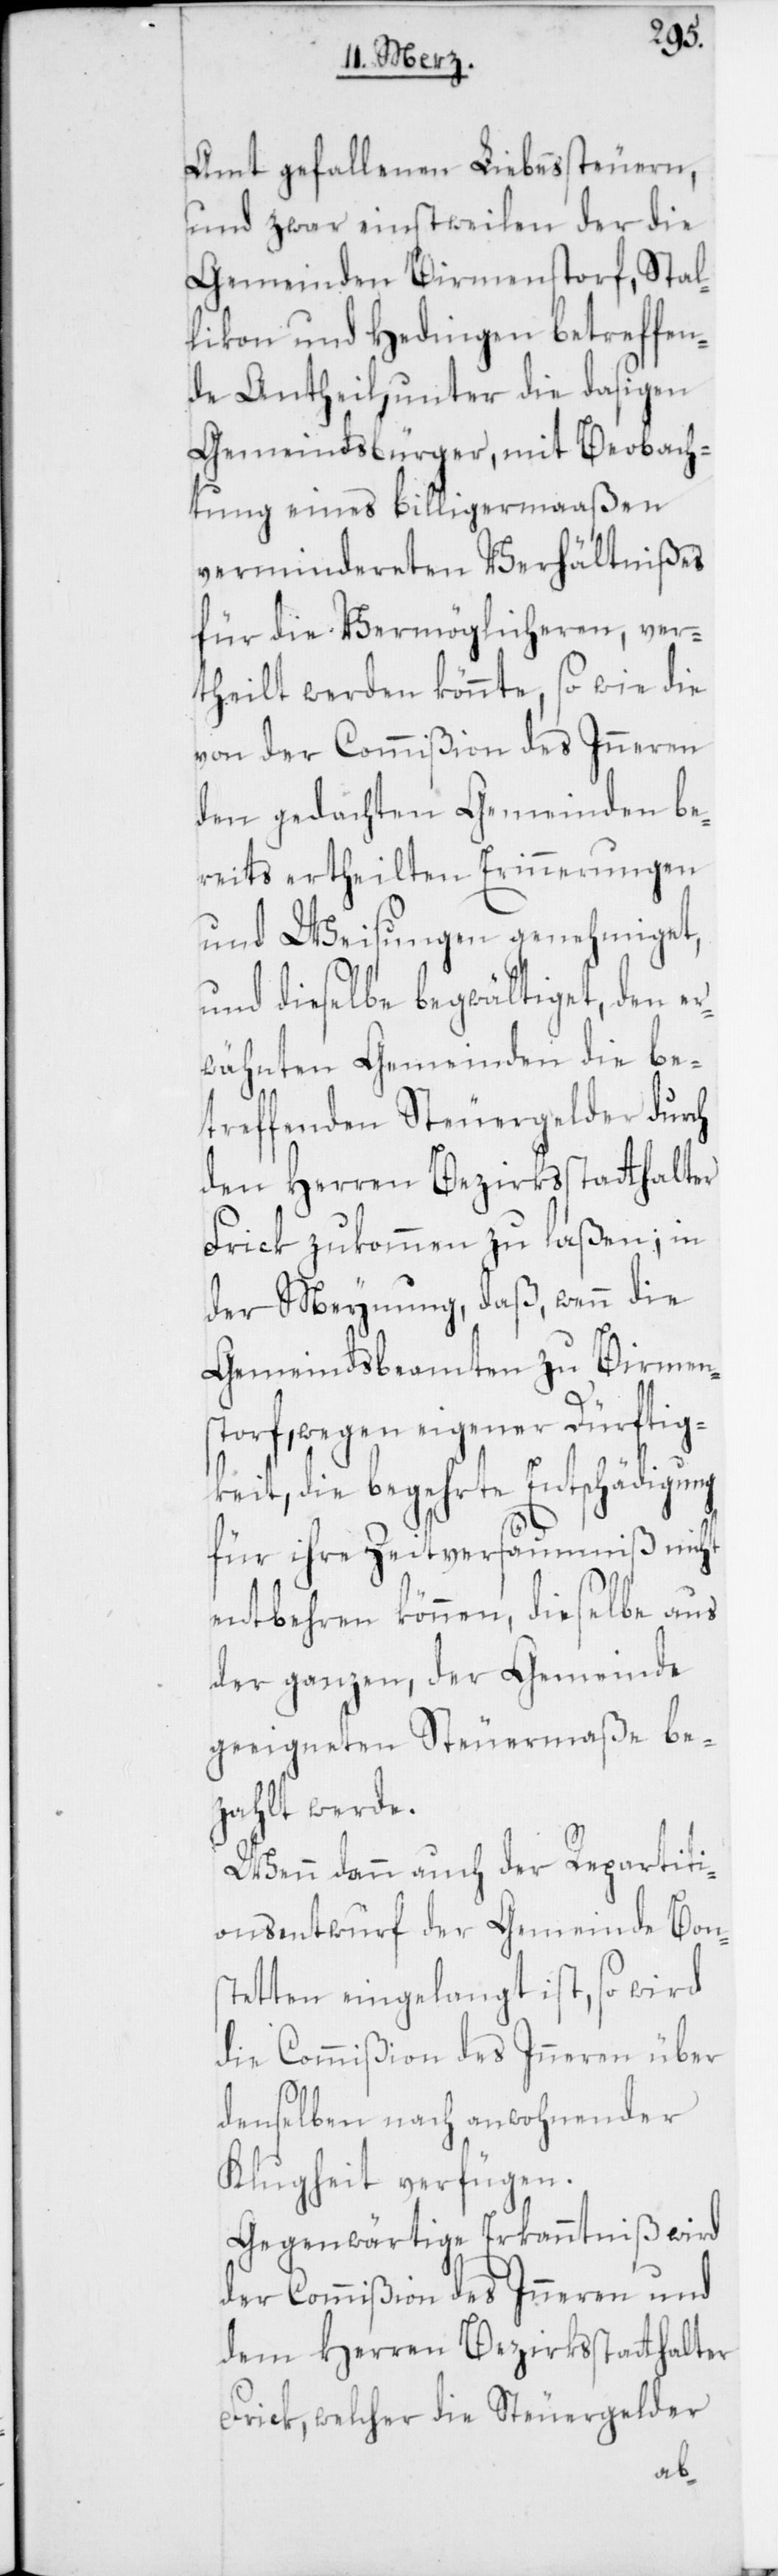
Amt gefallenen Liebessteuern,
und zwar einstweilen der die
Gemeinden Birmenstorf, Stal¬
likon und Hedingen betreffen¬
de Antheil, unter die dasigen
Gemeindsbürger, mit Beobach¬
tung eines billigermaaßen
vermindereten Verhältnißes
für die Vermöglicheren, ver¬
theilt werden könnte, so wie die
von der Commißion des Inneren
den gedachten Gemeinden be¬
reits ertheilten Erinnerungen
und Weisungen genehmiget,
und dieselbe begwältiget, den er¬
wähnten Gemeinden die be¬
treffenden Steuergelder durch
den Herren Bezirksstatthalter
Frick zukommen zu laßen; in
der Meynung, daß wenn die
Gemeindsbeamten zu Birmen¬
storf, wegen eigener Dürftig¬
keit, die begehrte Entschädigung
für ihre Zeitversäumniß nicht
entbehren können, dieselbe aus
der ganzen, der Gemeinde
geeigneten Steuermaße be¬
zahlt werde.
Wenn dann auch der Repartiti¬
onsentwurf der Gemeinde Bons¬
tetten eingelangt ist, so wird
die Commißion des Inneren über
denselben nach anwohnender
Klugheit verfügen.
Gegenwärtige Erkanntnuß wird
der Commißion des Inneren und
dem Herren Bezirksstatthalter
Frick, welcher die Steuergelder